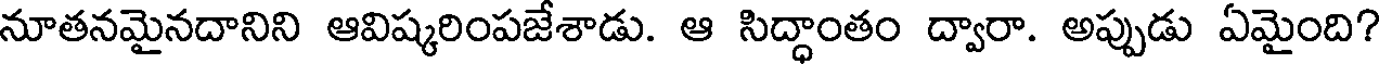
నూతనమైనదానిని ఆవిష్కరింపజేశాడు. ఆ సిద్ధాంతం ద్వారా. అప్పుడు ఏమైంది?